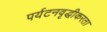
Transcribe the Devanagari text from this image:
पर्यटनवृद्धीकरता